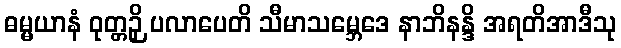
ဓမ္မယာနံ ဝုတ္တဉှိ ပလာပေတိ သီမာသမ္ဘေဒေ နာဘိနန္ဒိ အရတိအာဒီသု